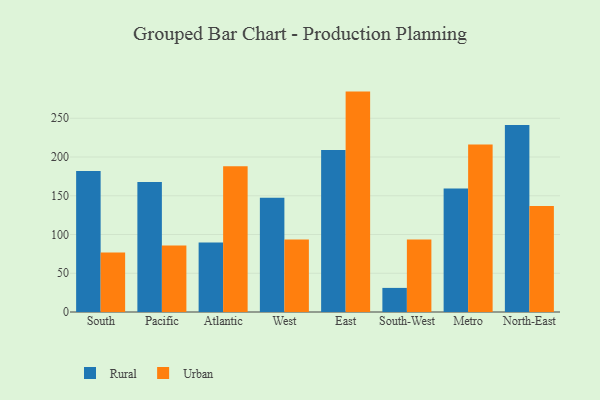
{"axis": {"x": "Region", "y": "Active Users"}, "legend": ["Rural", "Urban"], "data": [{"x": "South", "y": 182.0, "type": "Rural"}, {"x": "South", "y": 76.9, "type": "Urban"}, {"x": "Pacific", "y": 167.6, "type": "Rural"}, {"x": "Pacific", "y": 85.7, "type": "Urban"}, {"x": "Atlantic", "y": 89.8, "type": "Rural"}, {"x": "Atlantic", "y": 188.2, "type": "Urban"}, {"x": "West", "y": 147.3, "type": "Rural"}, {"x": "West", "y": 93.5, "type": "Urban"}, {"x": "East", "y": 209.1, "type": "Rural"}, {"x": "East", "y": 284.4, "type": "Urban"}, {"x": "South-West", "y": 31.1, "type": "Rural"}, {"x": "South-West", "y": 93.7, "type": "Urban"}, {"x": "Metro", "y": 159.4, "type": "Rural"}, {"x": "Metro", "y": 216.3, "type": "Urban"}, {"x": "North-East", "y": 241.2, "type": "Rural"}, {"x": "North-East", "y": 136.8, "type": "Urban"}]}